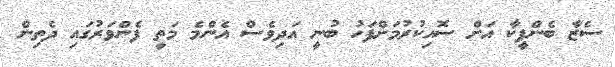
ސެޒާ ބެންފީކާ އަށް ސޮއިކުރުމަށްފަހު ބުނީ އަދިވެސް އެންމެ މަތީ ފެންވަރުގައި ދެތިން